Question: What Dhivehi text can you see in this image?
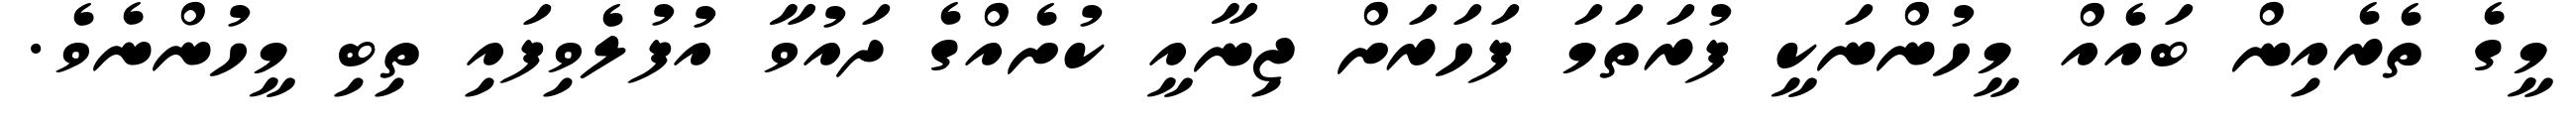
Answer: މީގެ ތެރެއިން ބައެއް މީހުންނަކީ ފުރަތަމަ ފަހަރަށް ޖިނާއީ ކުށެއްގެ ދައުވާ އުފުލެވިފައި ތިބި މީހުންނެވެ.